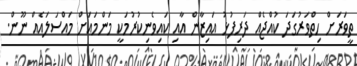
ތީވަރަށް ހިތްވަރުގަދަ ކުއްޖެއް ދަރިފުޅު އައިޒާން އާއި ކައިވެނިކުރުމަކީ މަންމައަށް މައްސަލައެއް ނޫން.